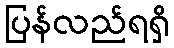
ပြန်လည်ရရှိ